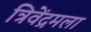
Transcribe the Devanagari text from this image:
त्रिवेंद्रमला